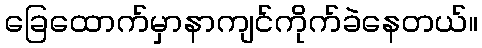
ခြေထောက်မှာနာကျင်ကိုက်ခဲနေတယ်။